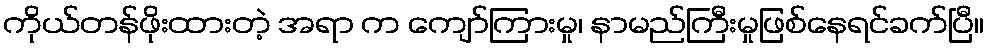
ကိုယ်တန်ဖိုးထားတဲ့ အရာ က ကျော်ကြားမှု၊ နာမည်ကြီးမှုဖြစ်နေရင်ခက်ပြီ။